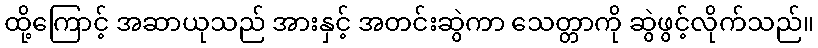
ထို့ကြောင့် အဆာယုသည် အားနှင့် အတင်းဆွဲကာ သေတ္တာကို ဆွဲဖွင့်လိုက်သည်။